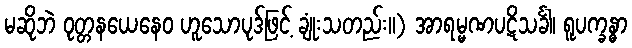
မဆိုဘဲ ဝုတ္တနယေနေဝ ဟူသောပုဒ်ဖြင့် ချုံးသတည်း။) အာရမ္မဏပဋိသင်္ခါ၊ ရူပက္ခန္ဓာ